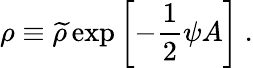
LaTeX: \rho\equiv{\widetilde\rho}\exp\left[-{\frac{1}{2}}\psi A\right]~.